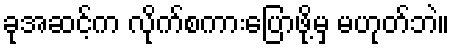
ခုအဆင့်က လိုက်စကားပြောဖို့မှ မဟုတ်ဘဲ။